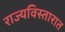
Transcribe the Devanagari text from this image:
राज्यविस्तारात